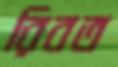
রিবত